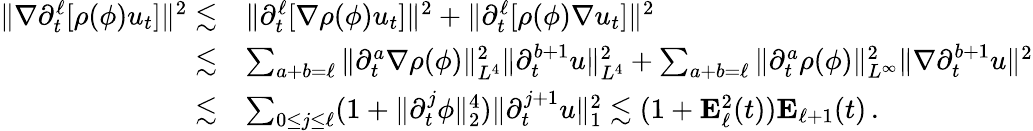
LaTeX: \begin{array}{rl}{\| \nabla\partial_{t}^{\ell}[\rho(\phi)u_{t}]\| ^{2}\lesssim}&{\| \partial_{t}^{\ell}[\nabla\rho(\phi)u_{t}]\| ^{2}+\| \partial_{t}^{\ell}[\rho(\phi)\nabla u_{t}]\| ^{2}}\\ {\lesssim}&{\sum_{a+b=\ell}\| \partial_{t}^{a}\nabla\rho(\phi)\| _{L^{4}}^{2}\| \partial_{t}^{b+1}u\| _{L^{4}}^{2}+\sum_{a+b=\ell}\| \partial_{t}^{a}\rho(\phi)\| _{L^{\infty}}^{2}\| \nabla\partial_{t}^{b+1}u\| ^{2}}\\ {\lesssim}&{\sum_{0\leq j\leq\ell}(1+\| \partial_{t}^{j}\phi\| _{2}^{4})\| \partial_{t}^{j+1}u\| _{1}^{2}\lesssim(1+\mathbf{E}_{\ell}^{2}(t))\mathbf{E}_{\ell+1}(t)\, .}\end{array}